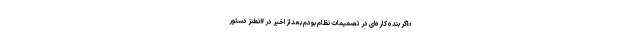
«اگر بنده کاره‌ای در تصمیمات نظام بودم بعد از اخیر در #نطنز دستور